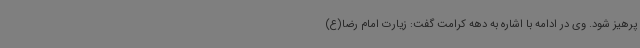
پرهیز شود. وی در ادامه با اشاره به دهه کرامت گفت: زیارت امام رضا(ع)